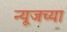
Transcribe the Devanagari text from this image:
न्यूजच्या